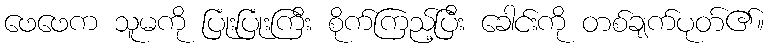
ဖေဖေက သူမကို ပြုံးပြုံးကြီး စိုက်ကြည့်ပြီး ခေါင်းကို တစ်ချက်ပုတ်၏။